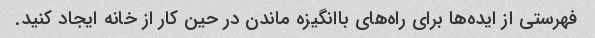
فهرستی از ایده‌ها برای راه‌های باانگیزه ماندن در حین کار از خانه ایجاد کنید.